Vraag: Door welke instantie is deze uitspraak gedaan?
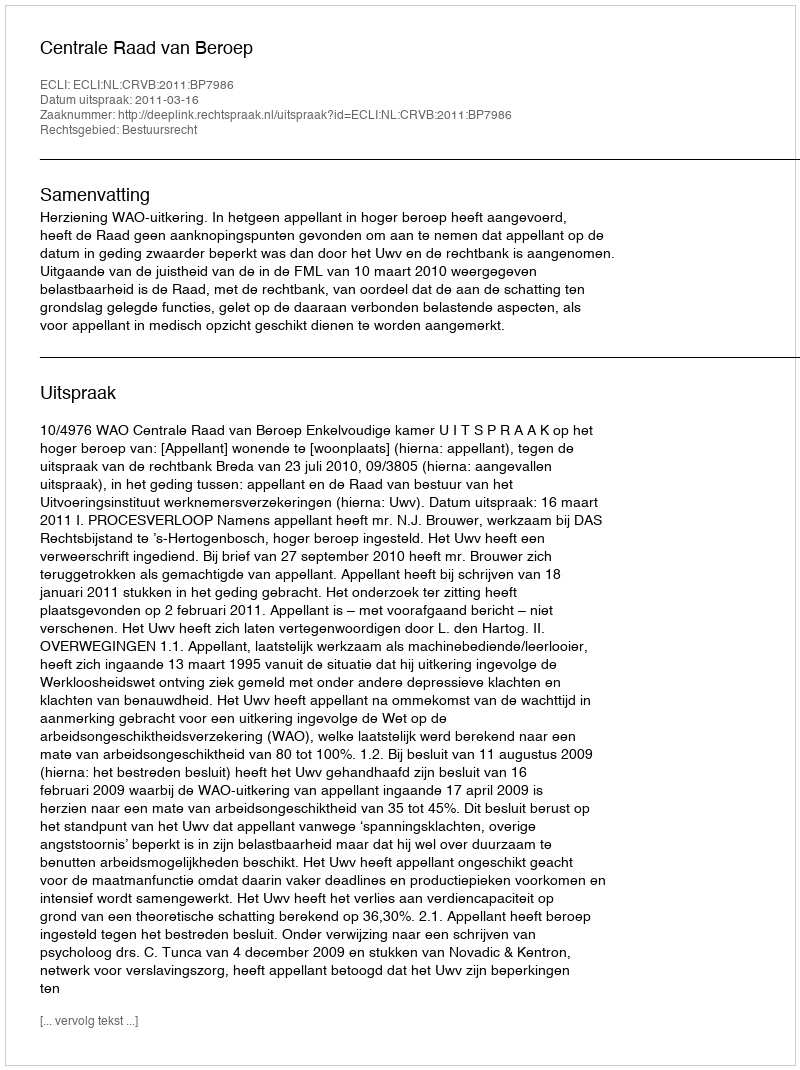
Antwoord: Centrale Raad van Beroep